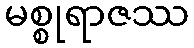
မစ္စုရာဇဿ